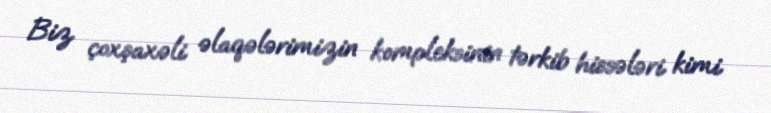
Biz çoxşaxəli əlaqələrimizin kompleksinin tərkib hissələri kimi